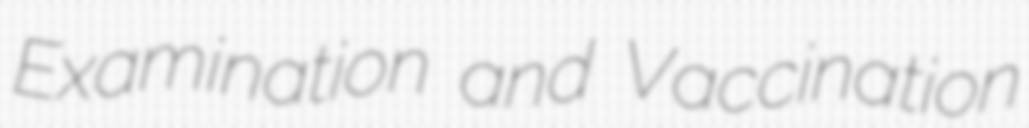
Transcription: Examination and Vaccination